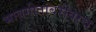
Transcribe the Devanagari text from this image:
भावगीतांबरोबरच